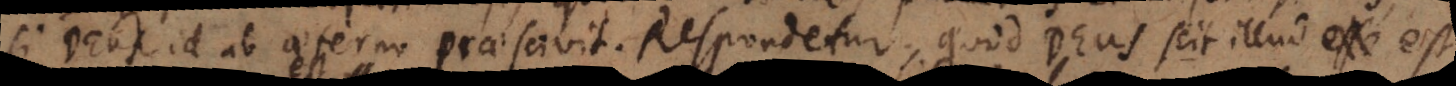
si Deus id ab aeterno praescivit. Respondetur, quod Deus scit illud [NOTES]